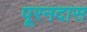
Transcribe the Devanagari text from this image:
पूरनदास